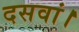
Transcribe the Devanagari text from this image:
दसवां।